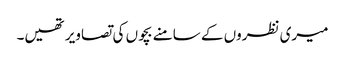
میری نظروں کے سامنے بچوں کی تصاویر تھیں۔